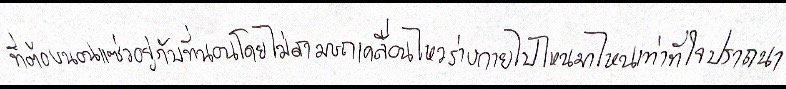
ที่ต้องนอนแซ่วอยู่กับที่นอนโดยไม่สามารถเคลื่อนไหวร่างกายไปไหนมาไหนได้เท่าที่ใจปรารถนา